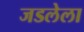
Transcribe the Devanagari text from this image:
जडलेला